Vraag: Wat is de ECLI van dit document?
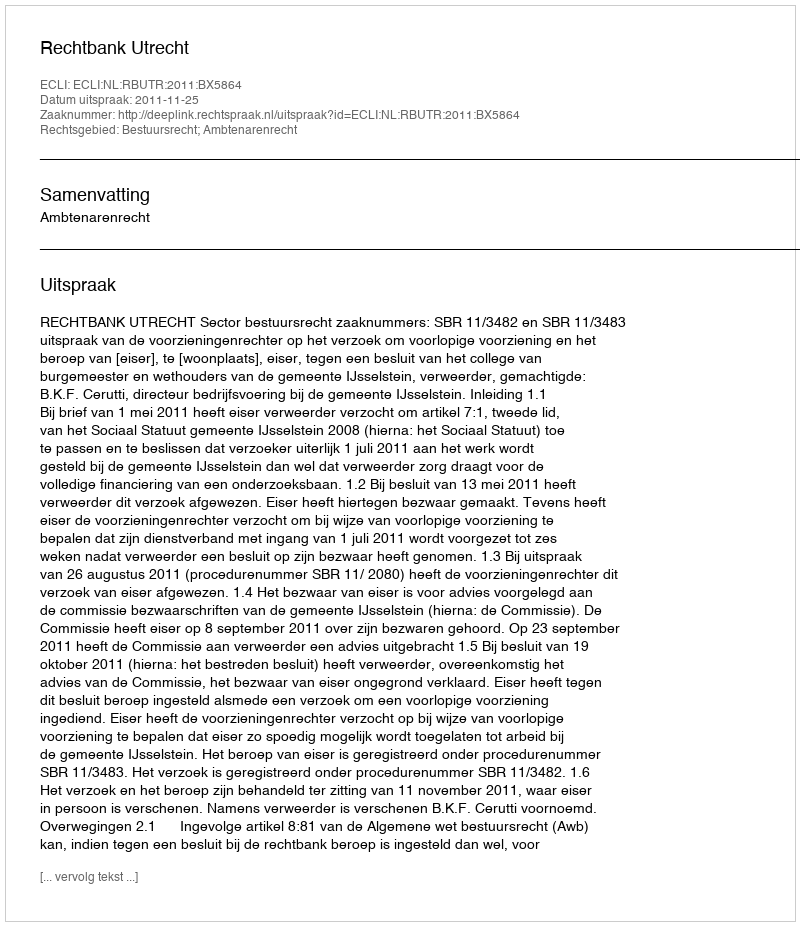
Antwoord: ECLI:NL:RBUTR:2011:BX5864